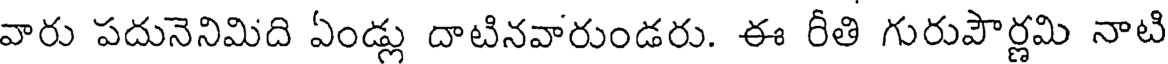
వారు పదునెనిమిది ఏండ్లు దాటినవారుండరు. ఈ రీతి గురుపౌర్ణమి నాటి